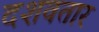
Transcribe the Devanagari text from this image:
दशवतार